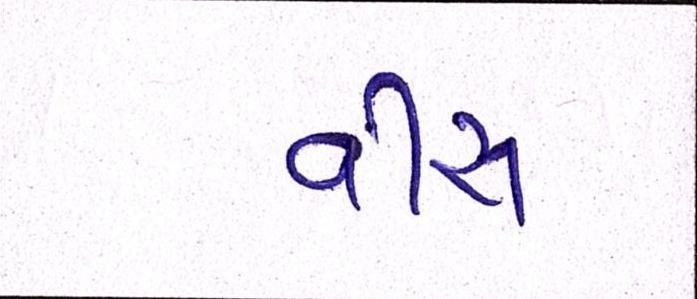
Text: વીસ